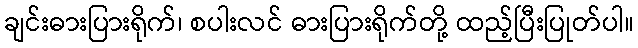
ချင်းဓားပြားရိုက်၊ စပါးလင် ဓားပြားရိုက်တို့ ထည့်ပြီးပြုတ်ပါ။